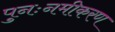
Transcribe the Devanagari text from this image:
पुनःनमीकरण